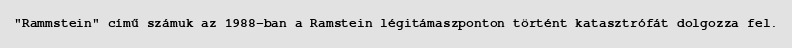
"Rammstein" című számuk az 1988-ban a Ramstein légitámaszponton történt katasztrófát dolgozza fel.